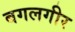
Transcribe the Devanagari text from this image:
बगलगीर